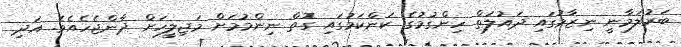
ބަރުލަމާނީ ނިޒާމުގައި ދައުލަތް ހިންގުމުގެ ކަންކަމުގައި ގޮތް ނިންމުމަށް މަޖިލީހަށް ދާންޖެހެއެވެ. އަދި